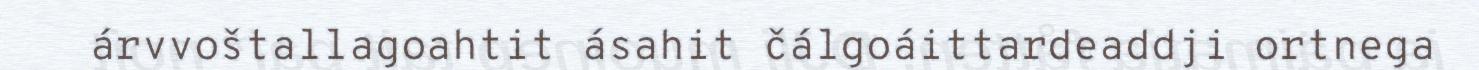
árvvoštallagoahtit ásahit čálgoáittardeaddji ortnega